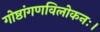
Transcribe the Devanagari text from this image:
गोष्ठांगणविलोकनः।